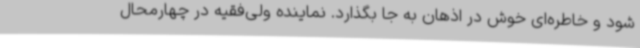
شود و خاطره‌ای خوش در اذهان به جا بگذارد. نماینده ولی‌فقیه در چهارمحال